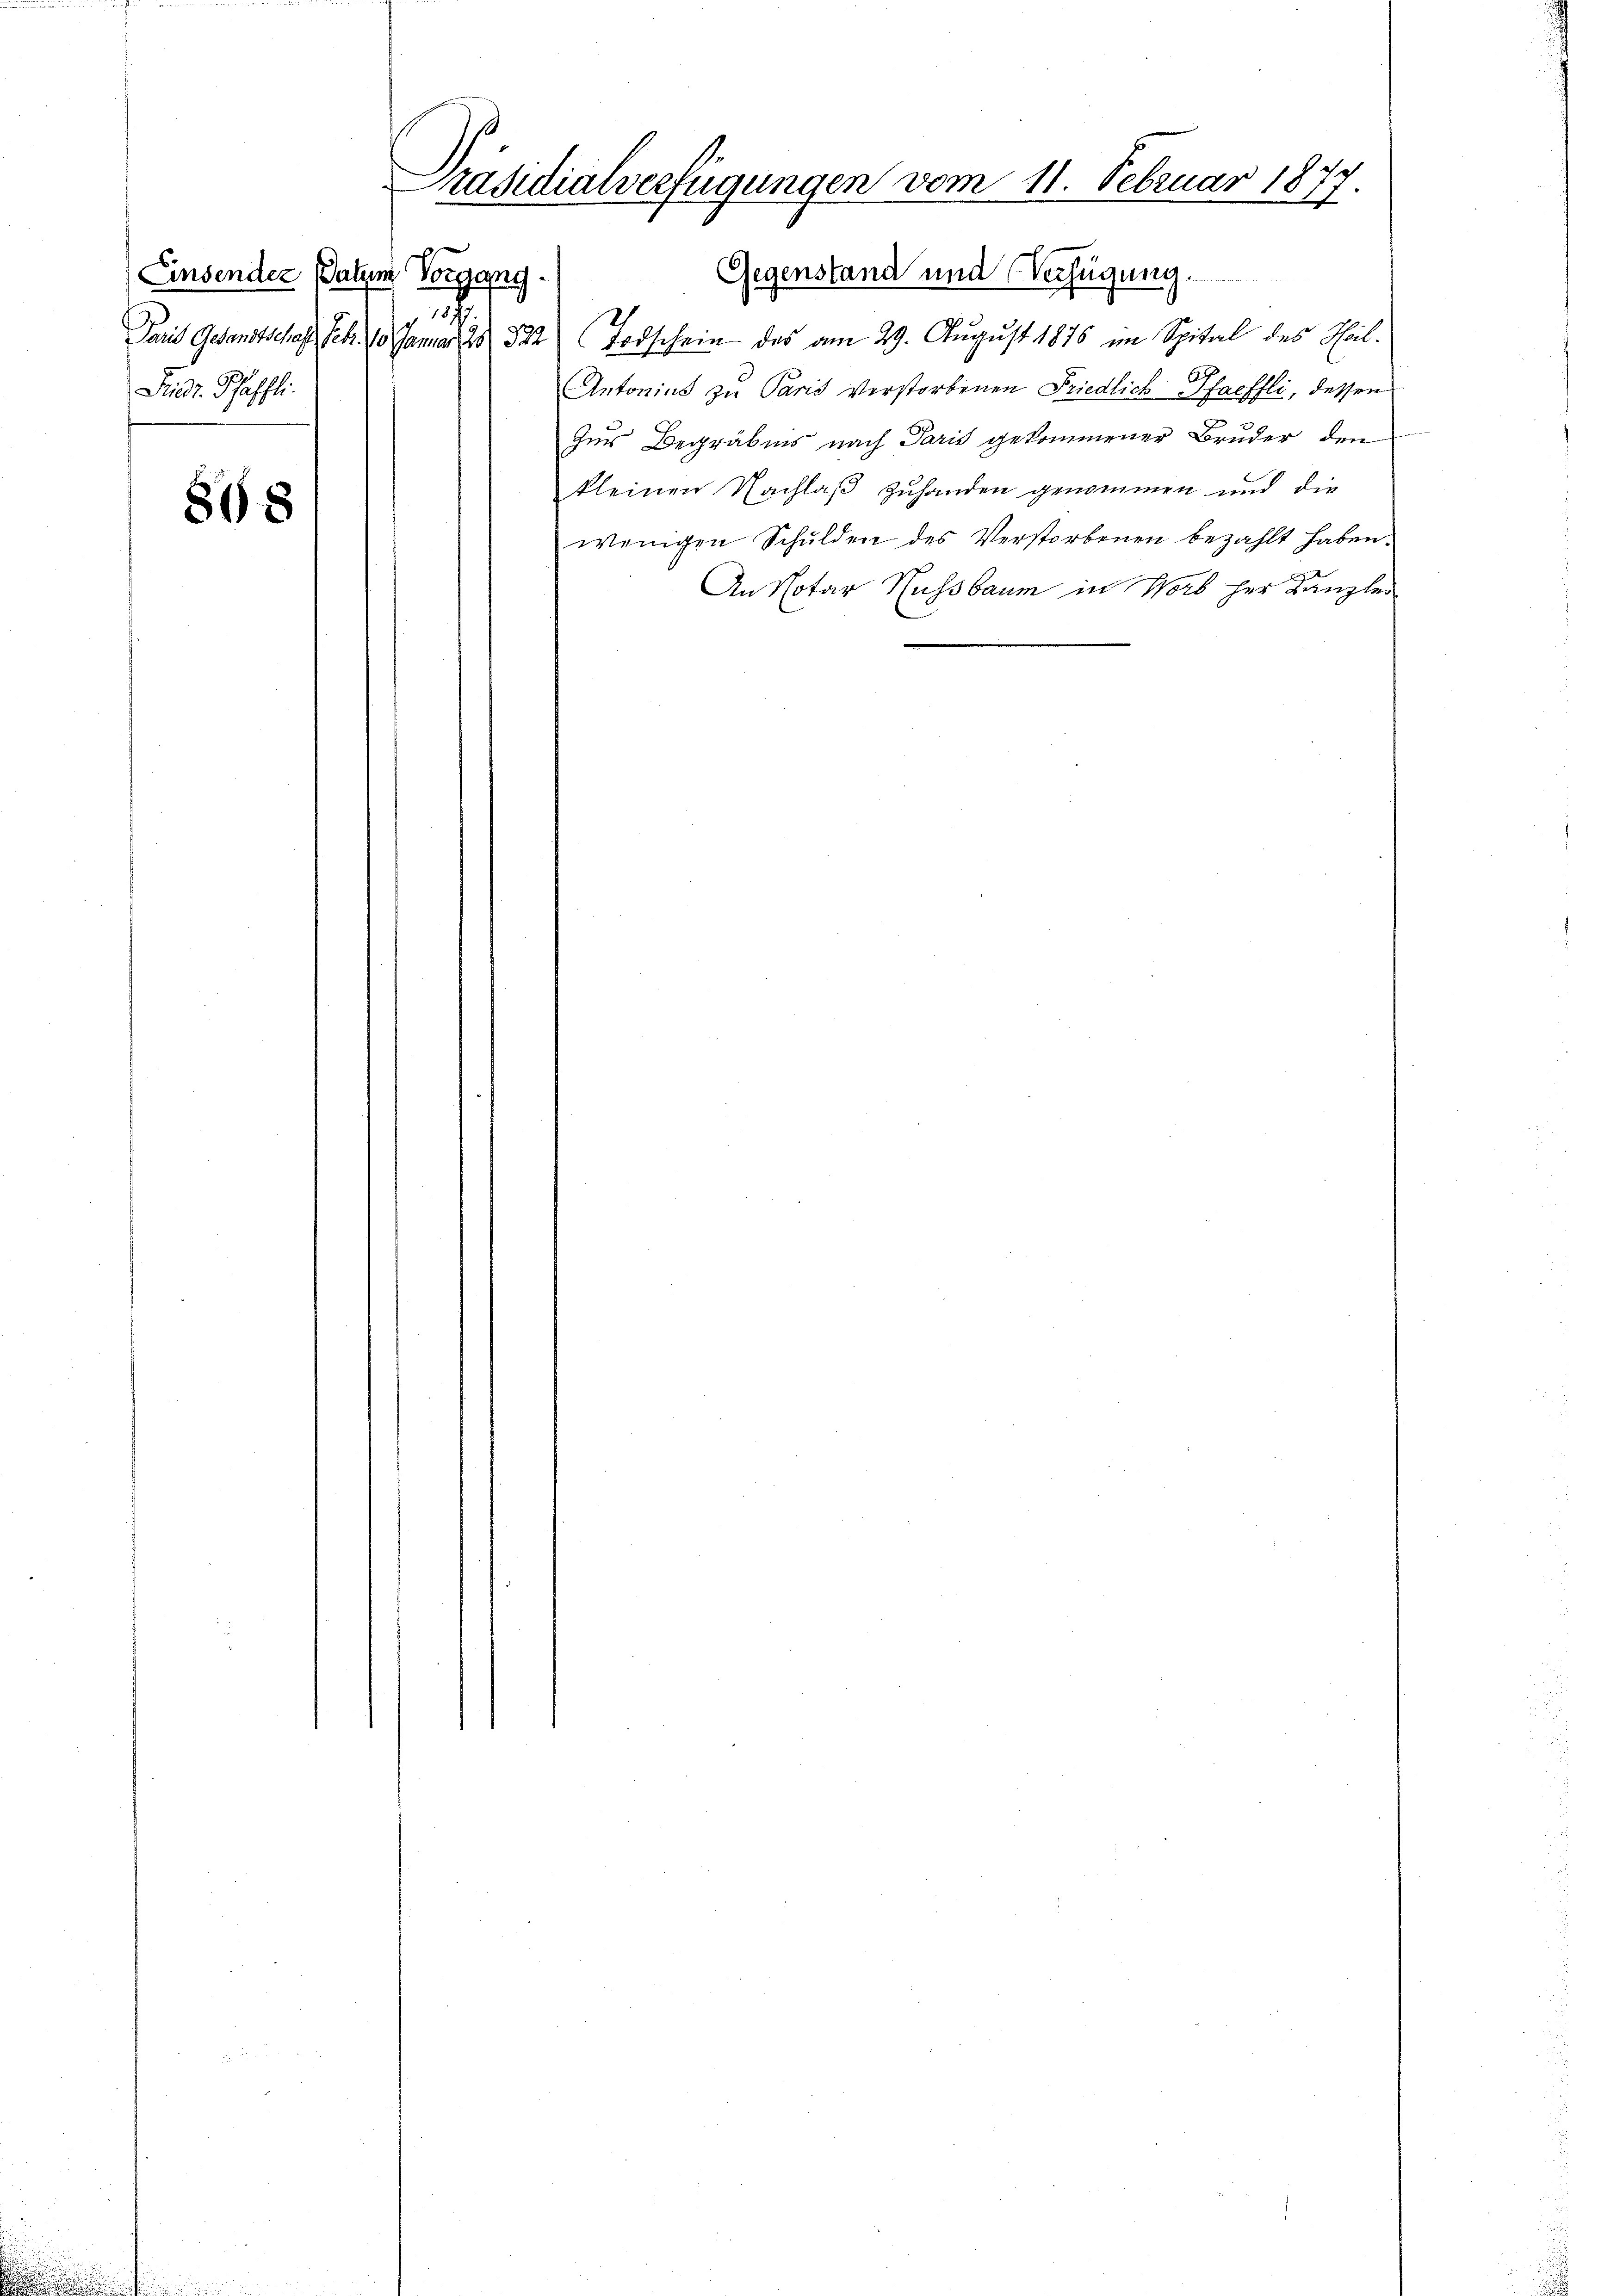
Einsender Datum Vorgang.
.
Prior. Pfaffli

88

Präsidialverfügungen vom 11. Februar 1877.

Gegenstand und Verfügung.
Paris Gesandtschaft Febr. 10. Januar 25 522 (Todschein des am 29. August 1876 im Spital des Heil.
J
Antonius zu Paris verstorbenen Friedlich faeffli, dessen
Zur Begräbnis nach Paris gekommener Bruder den
kleinen Nachlaß zuhanden genommen und die
wenigen Schulden des Verstorbenen bezahlt haben.
An Notar Hussbaum in Worb her Kanzlei